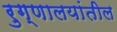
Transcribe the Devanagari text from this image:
रुग्णालयांतील